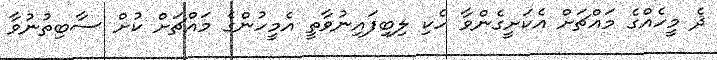
ދެ މީހެއްގެ މައްޗަށް އެކަށީގެންވާ ހެކި ލިބިފައިނުވާތީ އެމީހުންގެ މައްޗަށް ކުށް ސާބިތުނުވާ